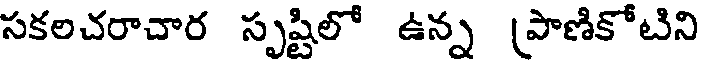
సకలచరాచార సృష్టిలో ఉన్న (పాణికోటిని